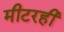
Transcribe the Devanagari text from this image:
मीटरही